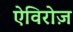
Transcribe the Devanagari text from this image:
ऐविरोज़